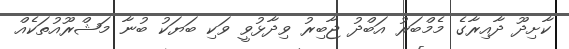
ކާށިދޫ ދާއިރާގެ މެމްބަރު އަބްދު ޖާބިރު ވިދާޅުވީ ވަކި ބަޔަކު ބުނާ މަޝްރޫއުތަކެއް